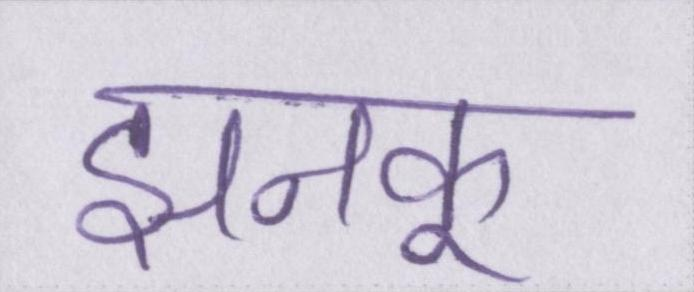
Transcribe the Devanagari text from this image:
झनकू